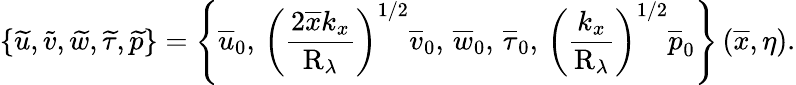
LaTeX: \left\lbrace\widetilde{u},\widetilde{v},\widetilde{w},\widetilde{\tau},\widetilde{p}\right\rbrace=\left\lbrace\overline{{u}}_{0},\, \left(\frac{2\overline{{x}}k_{x}}{\mathrm{R}_{\lambda}}\right)^{1/2}\overline{{v}}_{0},\, \overline{{w}}_{0},\, \overline{{\tau}}_{0},\, \left(\frac{k_{x}}{\mathrm{R}_{\lambda}}\right)^{1/2}\overline{{p}}_{0}\right\rbrace\left(\overline{{x}},\eta\right).